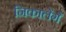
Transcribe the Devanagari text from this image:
निकालेंगें